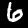
Label: 6